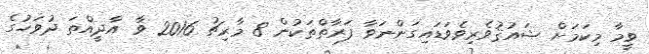
ވީމާ މިކަމަށް ޝައުޤުވެރިވެވަޑައިގަންނަވާ ފަރާތްތަކުން 8 މާރިޗު 2016 ވާ އާދީއްތަ ދުވަހުގެ